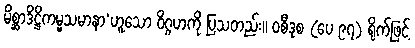
မိစ္ဆာဒိဋ္ဌိကမ္မသမာနာ’ဟူသော ဝိဂ္ဂဟကို ပြသတည်း။ ဝစီဒုစ (ပေ ၉၇) ရိုက်ဖြင့်